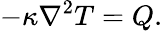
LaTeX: -\kappa\nabla^{2}T=Q.